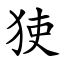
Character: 㹬